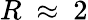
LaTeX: R~\approx~2